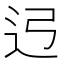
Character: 𰺳